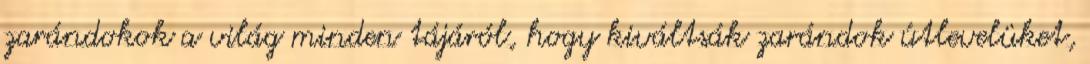
zarándokok a világ minden tájáról, hogy kiváltsák zarándok útlevelüket,